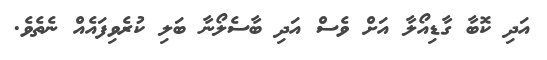
އަދި ކޮބާ ގާޑިއޯލާ އަށް ވެސް އަދި ބާސެލޯނާ ބަލި ކުރެވިފައެއް ނެތެވެ.